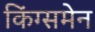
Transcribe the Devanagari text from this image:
किंग्समेन